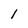
Character: 1